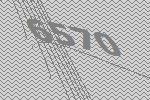
6570